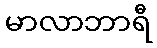
မာလာဘာရီ